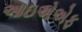
આઇએએફ